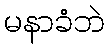
မနာခံဘဲ